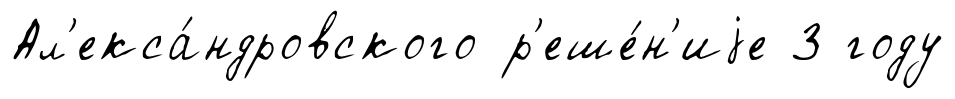
Ал'екса́ндровского р'еше́н'иjе 3 году